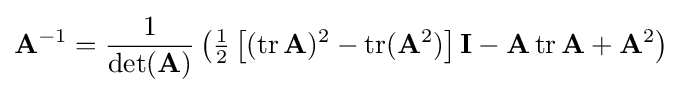
\mathbf {A} ^{-1}={\frac {1}{\det(\mathbf {A} )}}\left({\tfrac {1}{2}}\left[(\operatorname {tr} \mathbf {A} )^{2}-\operatorname {tr} (\mathbf {A} ^{2})\right]\mathbf {I} -\mathbf {A} \operatorname {tr} \mathbf {A} +\mathbf {A} ^{2}\right)